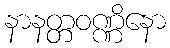
နာနတ္တဝဏ္ဏိနော